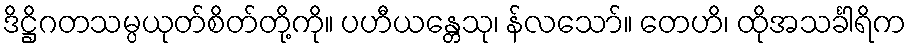
ဒိဋ္ဌိဂတသမ္ပယုတ်စိတ်တို့ကို။ ပဟီယန္တေသု၊ န်လသော်။ တေဟိ၊ ထိုအသင်္ခါရိက